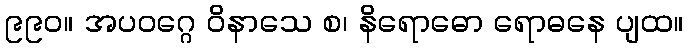
၉၉၀။ အပဝဂ္ဂေ ဝိနာသေ စ၊ နိရောဓော ရောဓနေ ပျထ။